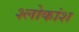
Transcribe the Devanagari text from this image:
श्लोकांश